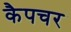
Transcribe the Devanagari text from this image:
कैपचर